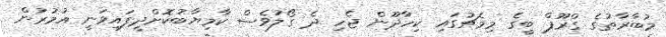
މުބާރާތުގެ ގްރޫޕް ބީގެ މިމެޗުގައި ކިހާދޫން ޖެހި ދެ ގޯލުވެސް ކާމިޔާބުކޮށްދީފައިވަނީ އުމުރުން